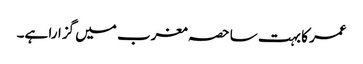
عمر کا بہت سا حصہ مغرب میں گزارا ہے۔